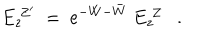
LaTeX: E _ { z } ^ { \ Z ^ { \prime } } \ = \ \mathrm { e } ^ { - W - \bar { W } } \ E _ { z } ^ { \ Z } \ \ \ .